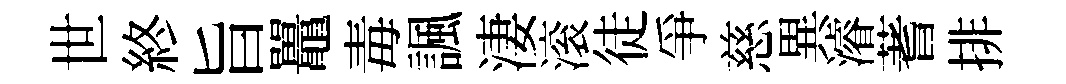
世終旨鼉毒諷淒滚徒爭慈異濬蓍排